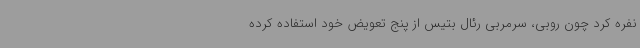
نفره کرد چون روبی، سرمربی رئال بتیس از پنج تعویض خود استفاده کرده